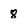
Character: 8